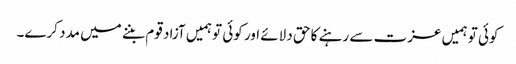
کوئی تو ہمیں عزت سے رہنے کا حق دلائے اور کوئی تو ہمیں آزاد قوم بننے میں مدد کرے۔